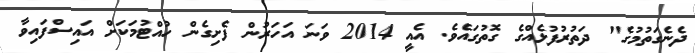
ދެނެގަތުމުގެ" ދަތުރުފުޅެއްގެ ގޮތުގައެވެ. އެއީ 2014 ވަނަ އަހަރުން ފެށިގެން ހުއްޓުމަކަށް އައިސްފައިވާ